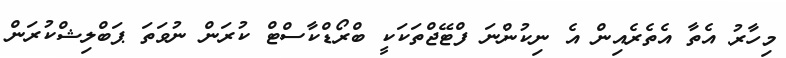
މިހާރު އެތާ އެތެރެއިން އެ ނިކުންނަ ފްޓޭޖްތަކަކީ ބްރޯޑްކާސްޓް ކުރަން ނުވަތަ ޕަބްލިޝްކުރަން